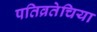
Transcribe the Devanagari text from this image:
पतिव्रतेचिया